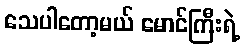
သေပါတော့မယ် မောင်ကြီးရဲ့